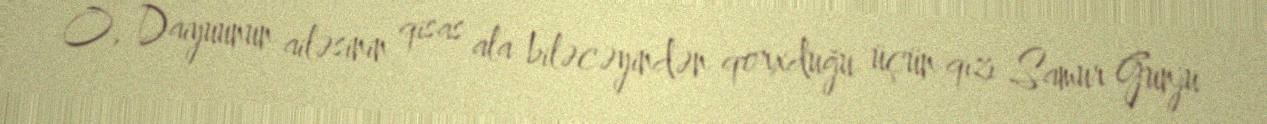
O, Daiyuunun ailəsinin qisas ala biləcəyindən qorxduğu üçün qızı Samur Gunju